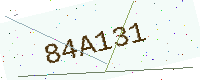
Text: 84A131